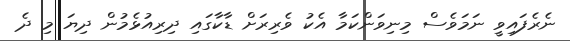
ނެރެފައިވީ ނަމަވެސް މިނިވަންކަމާ އެކު ވެރިރަށް ޑާކާގައި ދިރިއުޅެމުން ދިޔަ މި ދެ